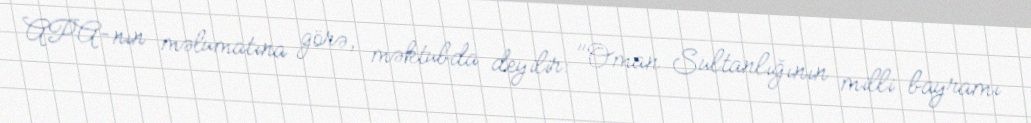
APA-nın məlumatına görə, məktubda deyilir: "Oman Sultanlığının milli bayramı